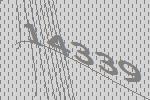
14339